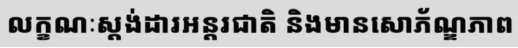
លក្ខណៈស្តង់ដារអន្តរជាតិ និងមានសោភ័ណ្ឌភាព